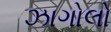
ઝાગોલો